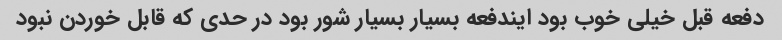
دفعه قبل خیلی خوب بود ایندفعه بسیار بسیار شور بود در حدی که قابل خوردن نبود